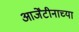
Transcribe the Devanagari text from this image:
आर्जेंटीनाच्या